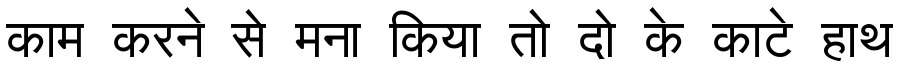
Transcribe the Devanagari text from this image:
काम करने से मना किया तो दो के काटे हाथ